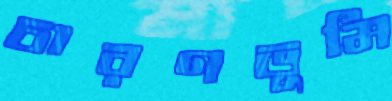
চারণভূমি